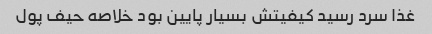
غذا سرد رسید کیفیتش بسیار پایین بود خلاصه حیف پول